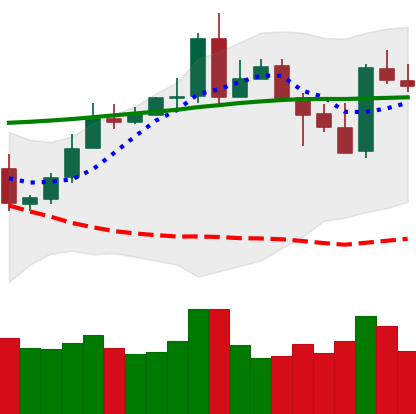
Ticker: XMR-USD
Chart end date: 2020-05-09
Forward return: 3.451%
Label: up_3_5